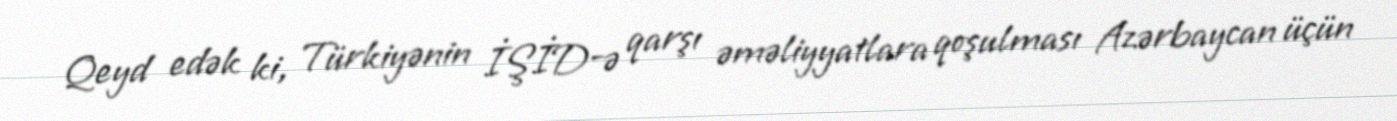
Qeyd edək ki, Türkiyənin İŞİD-ə qarşı əməliyyatlara qoşulması Azərbaycan üçün